Report of the Indian Hemp Drugs Commission, 1894-1895 - Volume V
Year: 1894
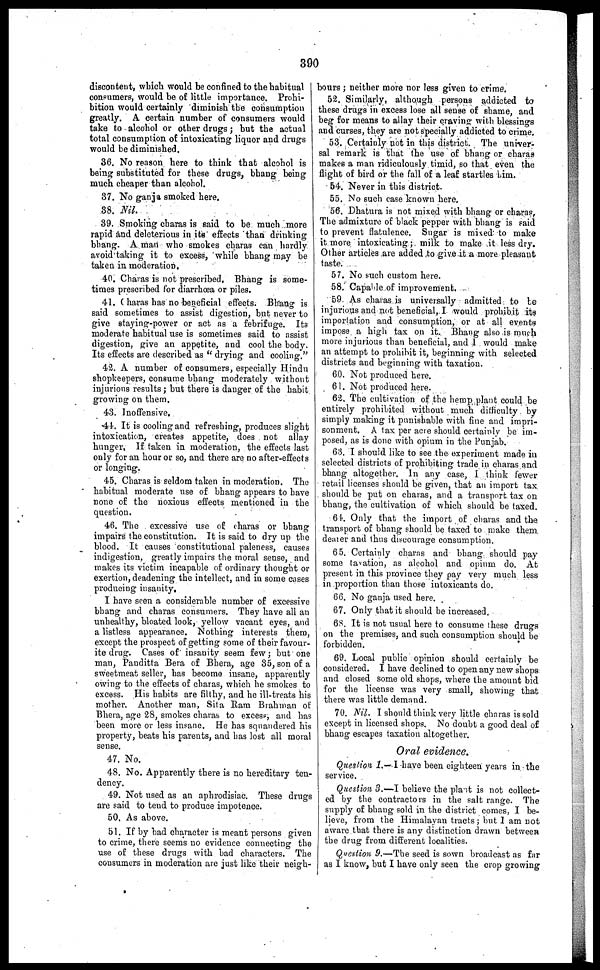
390
discontent, which would be confined to the habitual
consumers, would be of little importance. Prohi-
bition would certainly diminish the consumption
greatly. A certain number of consumers would
take to alcohol or other drugs; but the actual
total consumption of intoxicating liquor and drugs
would be diminished.
36. No reason here to think that alcohol is
being substituted for these drugs, bhang being
much cheaper than alcohol.
37. No ganja smoked here.
38. Nil.
39. Smoking charas is said to be much more
rapid and deleterious in its effects than drinking
bhang. A man who smokes charas can hardly
avoid taking it to excess, while bhang may be
taken in moderation.
40. Charas is not prescribed. Bhang is some-
times prescribed for diarrhoea or piles.
41. Charas has no beneficial effects. Bhang is
said sometimes to assist digestion, but never to
give staying-power or act as a febrifuge. Its
moderate habitual use is sometimes said to assist
digestion, give an appetite, and cool the body.
Its effects are described as "drying and cooling."
42. A number of consumers, especially Hindu
shopkeepers, consume bhang moderately without
injurious results; but there is danger of the habit
growing on them.
43. Inoffensive,
41. It is cooling and refreshing, produces slight
intoxication, creates appetite, does not allay
hunger, If taken in moderation, the effects last
only for an hour or so, and there are no after-effects
or longing.
45. Charas is seldom taken in moderation. The
habitual moderate use of bhang appears to have
none of the noxious effects mentioned in the
question.
46. The excessive use of charas or bhang
impairs the constitution. It is said to dry up the
blood. It causes constitutional paleness, causes
indigestion, greatly impairs the moral sense, and
makes its victim incapable of ordinary thought or
exertion, deadening the intellect, and in some cases
producing insanity.
I have seen a considerable number of excessive
bhang and charas consumers. They have all an
unhealthy, bloated look, yellow vacant eyes, and
a listless appearance. Nothing interests them,
except the prospect of getting some of their favour-
ite drug. Cases of insanity seem few; but one
man, Panditta Bera of Bhera, age 35, son of a
sweetmeat seller, has become insane, apparently
owing to the effects of charas, which he smokes to
excess. His habits are filthy, and he ill-treats his
mother. Another man, Sit a Ram Brahman of
Bhera, age 28, smokes charas to excess, and has
been more or less insane. He has squandered his
property, beats his parents, and has lost all moral
sense.
47. No.
48. No. Apparently there is no hereditary ten-
dency.
49. Not used as an aphrodisiac. These drugs
are said to tend to produce impotence.
50. As above.
51. If by bad character is meant persons given
to crime, there seems no evidence connecting the
use of these drugs with had characters. The
consumers in moderation are just like their neigh-
bours; neither more nor less given to crime.
52. Similarly, although persons addicted to
these drugs in excess lose all sense of shame, and
beg for means to allay their craving with blessings
and curses, they are not specially addicted to crime.
53. Certainly not in this district. The univer-
sal remark is that the use of bhang or charas
makes a man ridiculously timid, so that even the
flight of bird or the fall of a leaf startles him.
54. Never in this district.
55. No 6uch case known here.
56. Dhatura is not mixed with bhang or charas.
The admixture of black pepper with bhang is said
to prevent flatulence. Sugar is mixed to make
it more intoxicating; milk to make it less dry.
Other articles are added to give it a more pleasant
taste.
57. No such custom here.
58. Capable of improvement.
59 As charas is universally admitted to be
injurious and not beneficial, I would prohibit its
importation and consumption, or at all events
impose a high tax on it. Bhang also is much
more injurious than beneficial, and I would make
an attempt to prohibit it, beginning with selected
districts and beginning with taxation.
60. Not produced here.
61. Not produced here.
62. The cultivation of the hemp plant could be
entirely prohibited without much difficulty by
simply making it punishable with fine and impri-
sonment. A tax per acre should certainly be im-
posed, as is done with opium in the Punjab.
63. I should like to see the experiment made in
selected districts of prohibiting trade in charas and
bhang altogether. In any case, I think fewer
retail licenses should be given, that an import tax
should be put on charas, and a transport tax on
bhang, the cultivation of which should be taxed.
64. Only that the import of charas and the
transport of bhang should be taxed to make them
dearer and thus discourage consumption.
65. Certainly charas and bhang should pay
some taxation, as alcohol and opium do. At
present in this province they pay very much less
in proportion than those intoxicants do.
66. No ganja used here.
67. Only that it should he increased.
6S. It is not usual here to consume these drugs
on the premises, and such consumption should he
forbidden.
69. Local public opinion should certainly be
considered. I have declined to open any new shops
and closed some old shops, where the amount bid
for the license was very small, showing that
I there was little demand.
70. Nil. I should think very little charas is sold
except in licensed shops. No doubt a good deal of
bhang escapes taxation altogether.
Oral evidence.
Question 1.— I have been eighteen years in the
service.
Question 3.—I believe the plait is not collect-
ed by the contractors in the salt range. The
supply of bhang sold in the district comes, I be-
lieve, from the Himalayan tracts; but I am not
aware that there is any distinction drawn between
the drug from different localities.
Question 9.—The seed is sown broadcast as far
as I know, but I have only seen the crop growing